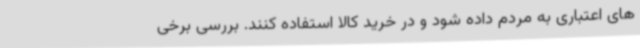
های اعتباری به مردم داده شود و در خرید کالا استفاده کنند. بررسی برخی